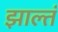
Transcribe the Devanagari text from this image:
झाल्तं